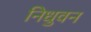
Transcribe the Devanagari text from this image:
निधुवन